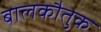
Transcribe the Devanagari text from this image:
बालकौतुक